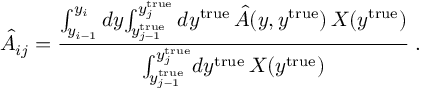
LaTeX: \hat { A } _ { i j } = \frac { { \int _ { y _ { i - 1 } } ^ { y _ { i } } d y { \int _ { y _ { j - 1 } ^ { \mathrm { t r u e } } } ^ { y _ { j } ^ { \mathrm { t r u e } } } d y ^ { \mathrm { t r u e } } \, \hat { \cal { A } } ( y , y ^ { \mathrm { t r u e } } ) \, { \cal { X } } ( y ^ { \mathrm { t r u e } } ) } } } { { \int _ { y _ { j - 1 } ^ { \mathrm { t r u e } } } ^ { y _ { j } ^ { \mathrm { t r u e } } } } d y ^ { \mathrm { t r u e } } \, { \cal { X } } ( y ^ { \mathrm { t r u e } } ) } \; .